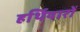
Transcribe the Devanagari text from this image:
हर्थियारों